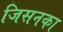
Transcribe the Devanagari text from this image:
जिसनका